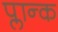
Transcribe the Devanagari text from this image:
प्लान्क